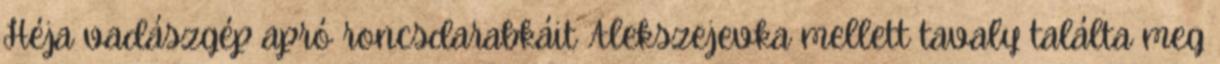
Héja vadászgép apró roncsdarabkáit Alekszejevka mellett tavaly találta meg